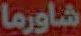
شاورما